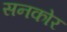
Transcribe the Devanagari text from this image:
सनकोर